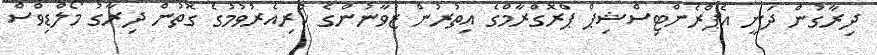
ދިރާގުން ދަނީ އެޕްރެންޓިސްޝިޕް ޕްރޮގްރާމްގެ އިތުރުން ޒުވާނުންގެ ކުރިއެރުވުމުގެ ގޮތުން ދިރާގު މޯލްޑިވްސް